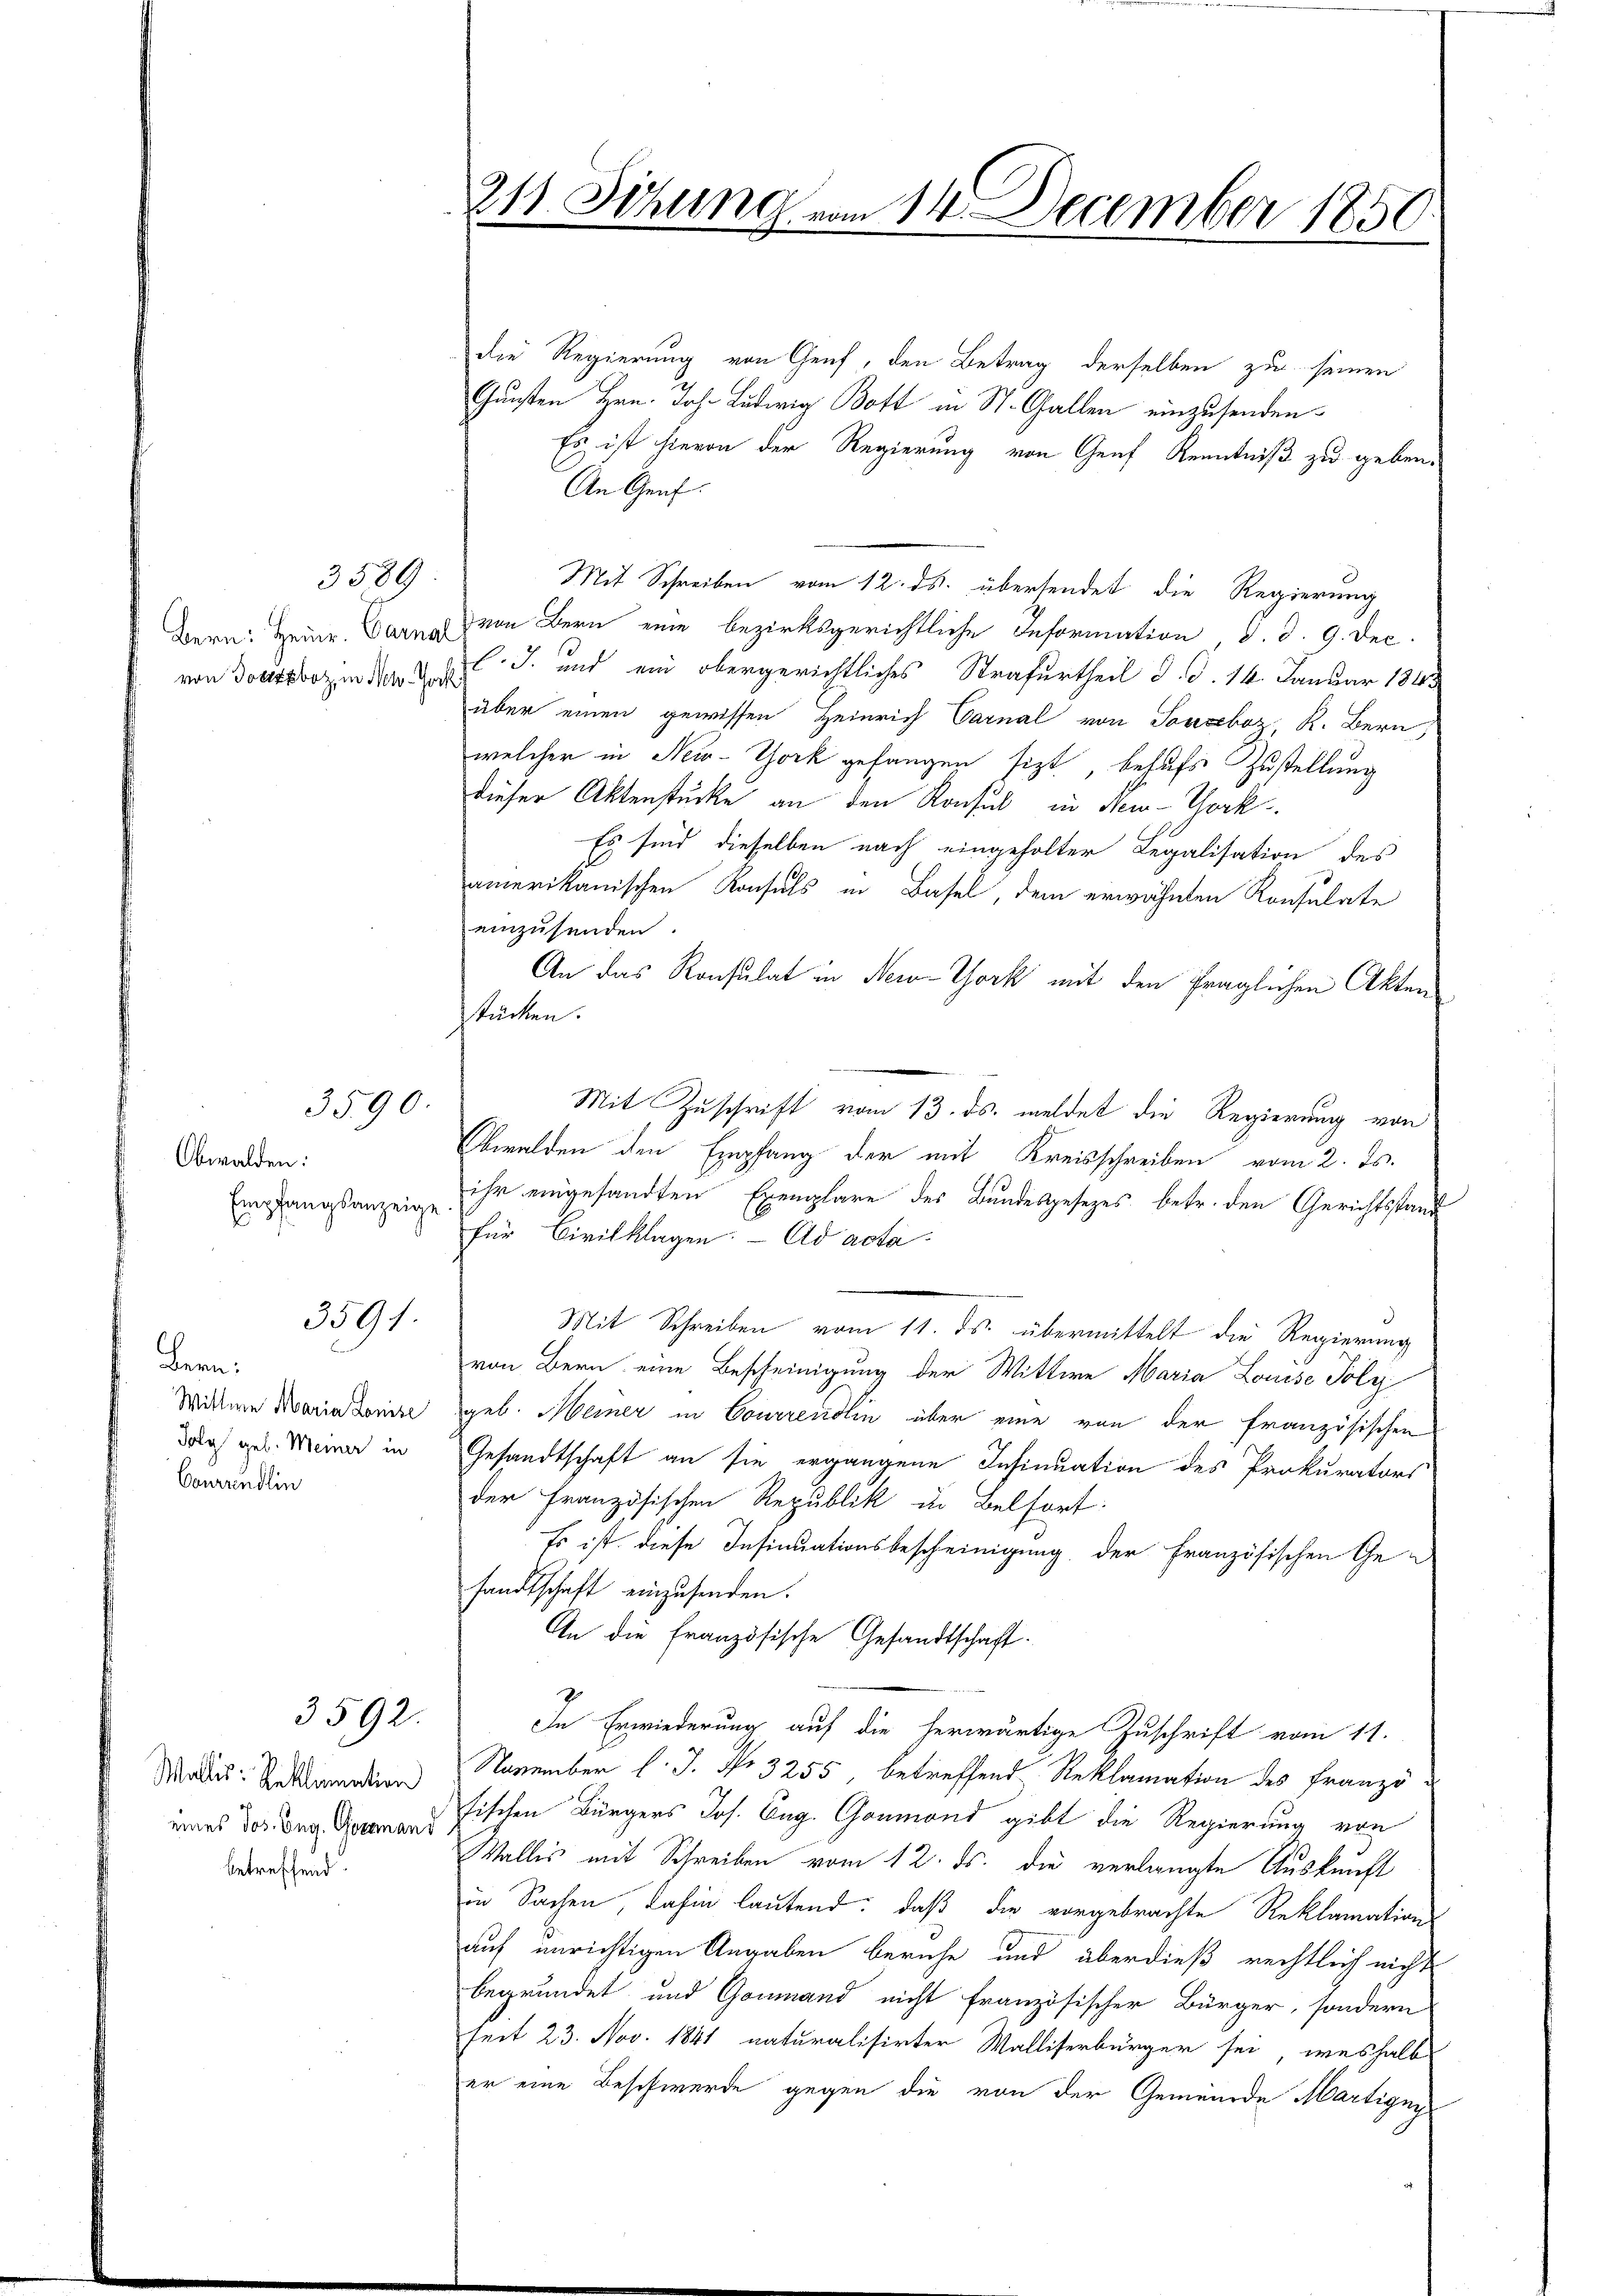
von Dottesbot, in Neh-Jock

3589

3590.

Obwalden:
Empfangsanzeige
s

3591.

Bern.
Wittwe Maria Louise
Joly geb. Meiner in
Conraindlin

Wallis: Reklamation
eines Jos. Ing. Goramand
betreffend.

3592.

die Regierung von Genf, den Betrag derselben zu seinen
Gunsten Hrn. Joh. Ludwig Bott in St. Gallen einzusenden.
Es ist hievon der Regierung von Genf Kenntniß zu geben.
An Genf.
Mit Schreiben vom 12. ds. übersendet die Regierung
Bern: Heinr. Bern von Bern eine bezirksgerichtliche Information d. d. 9. Dec.
l.J. und ein obergerichtliches Strafurtheil d. d. 14. Januar 1843
über einen gewissen Heinrich Carnal von Soneboz, K. Bern,
welcher in New-York gefangen sitzt, behufs Zustellung
dieser Aktenstücke an den Konsul in New-York
Es sind dieselben nach eingeholter Legalisation des
amerikanischen Konsuls in Basel, dem erwähnten Konsulate
einzusenden.
An das Konsulat in New-York mit den fraglichen Akten
stücken.
Mit Zuschrift vom 13. ds. meldet die Regierung von
Obwalden den Empfang der mit Kreisschreiben vom 2. Js.
ihr eingesandten Exemplare des Bundesgesezes betr. den Gerichtsstande
für Civilklagen: Ad acta
Mit Schreiben vom 11. ds. übermittelt die Regierung
von Bern eine Bescheinigung der Wittwe Maria Louise Poly
geb. Meiner in Courrendlin über eine von der französischen
Gesandtschaft an sie ergangene Insinuation des Prokurators
der Französischen Republik in Belfort:
Es ist diese Insinuationsbescheinigung der Französischen Gesandtschaft einzusenden.
An die französische Gesandtschaft.
In Erwiederung auf die herwärtige Zuschrift vom 11.
November l. J. No 3255 betreffend Reklamation des Franzö-
fischen Bürgers Jos. Eug. Goumond gibt die Regierung von
Wallis mit Schreiben vom 12. ds. die verlangte Auskunft
in Sachen, dahin lautend: daß die vorgebrachte Reklamations-
auf unrichtigen Angaben beruhe und überdieß rechtlich nicht
begründet und Gommand nicht französischer Bürger, sondern
seit 23. Nov. 1841 naturalisirter Walliserbürger sei, weshalbs
er eine Beschwerde gegen die von der Gemeinde Martigny

211. Sitzung vom 14. December 1850.